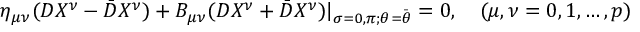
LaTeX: \eta _ { \mu \nu } ( D X ^ { \nu } - \bar { D } X ^ { \nu } ) + B _ { \mu \nu } ( D X ^ { \nu } + \bar { D } X ^ { \nu } ) | _ { \sigma = 0 , \pi ; \theta = \bar { \theta } } = 0 , \quad ( \mu , \nu = 0 , 1 , \ldots , p )